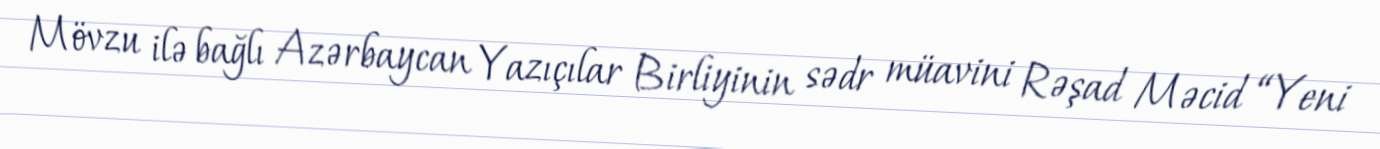
Mövzu ilə bağlı Azərbaycan Yazıçılar Birliyinin sədr müavini Rəşad Məcid “Yeni